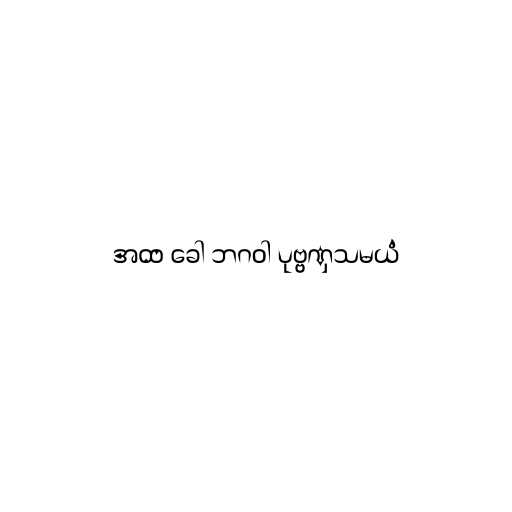
အထ ခေါ ဘဂဝါ ပုဗ္ဗဏှသမယံ